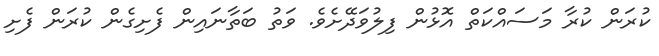
ކުރަން ކުރާ މަސައްކަތް އޮޅުން ފިލުވަދޭށެވެ. ވަތު ބަތާނައިން ފެށިގެން ކުރަން ފެށި